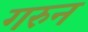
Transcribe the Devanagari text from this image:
गरुन